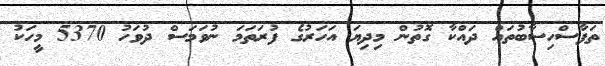
ތަފާސްހިސާބުތައް ދައްކާ ގޮތުން މިދިޔަ އަހަރުގެ ފުރަތަމަ ނުވަމަސް ދުވަހުު 5370 މީހަކު